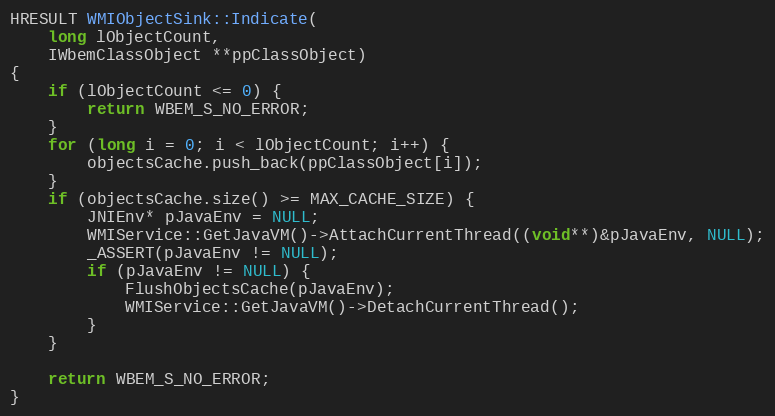
Language: C++
HRESULT WMIObjectSink::Indicate(
    long lObjectCount,
    IWbemClassObject **ppClassObject)
{
	if (lObjectCount <= 0) {
		return WBEM_S_NO_ERROR;
	}
	for (long i = 0; i < lObjectCount; i++) {
		objectsCache.push_back(ppClassObject[i]);
	}
	if (objectsCache.size() >= MAX_CACHE_SIZE) {
		JNIEnv* pJavaEnv = NULL;
		WMIService::GetJavaVM()->AttachCurrentThread((void**)&pJavaEnv, NULL);
		_ASSERT(pJavaEnv != NULL);
		if (pJavaEnv != NULL) {
			FlushObjectsCache(pJavaEnv);
			WMIService::GetJavaVM()->DetachCurrentThread();
		}
	}

	return WBEM_S_NO_ERROR;
}